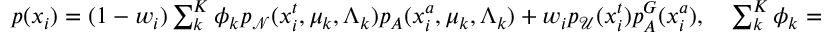
\begin{array} { r } { p ( x _ { i } ) = ( 1 - w _ { i } ) \sum _ { k } ^ { K } \phi _ { k } p _ { \mathcal N } ( x _ { i } ^ { t } , \mu _ { k } , \Lambda _ { k } ) p _ { A } ( x _ { i } ^ { a } , \mu _ { k } , \Lambda _ { k } ) + w _ { i } p _ { \mathcal { U } } ( x _ { i } ^ { t } ) p _ { A } ^ { G } ( x _ { i } ^ { a } ) , ~ ~ ~ \sum _ { k } ^ { K } \phi _ { k } = 1 } \end{array}